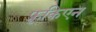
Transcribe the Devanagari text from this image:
फ्रूकिएन